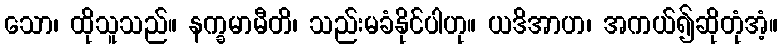
သော၊ ထိုသူသည်။ နက္ခမာမီတိ၊ သည်းမခံနိုင်ပါဟု။ ယဒိအာဟ၊ အကယ်၍ဆိုတုံအံ့။